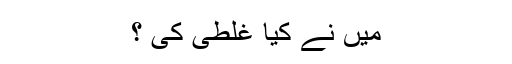
میں نے کیا غلطی کی ؟